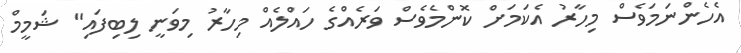
އެހެންނަމަވެސް މިހާރު އެކަމަށް ކޮންމެވެސް ވަރެއްގެ ހައްލެއް މިހާރު މިވަނީ ލިބިފައި" ޝަމީމް